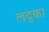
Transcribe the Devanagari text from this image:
लद्का